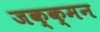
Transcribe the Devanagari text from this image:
जक्क्मन